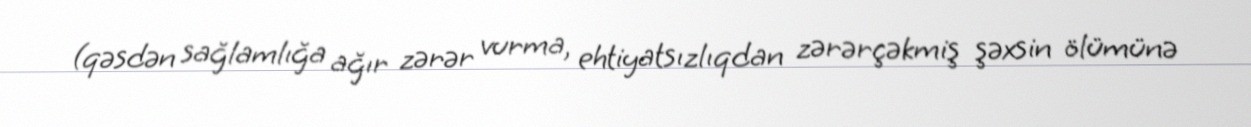
(qəsdən sağlamlığa ağır zərər vurma, ehtiyatsızlıqdan zərərçəkmiş şəxsin ölümünə